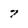
Character: 7